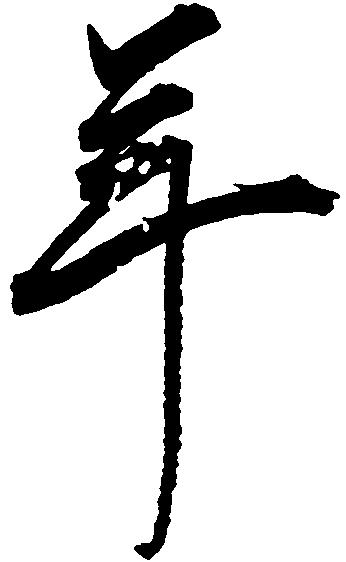
年